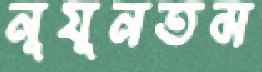
নূযূনতম